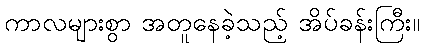
ကာလများစွာ အတူနေခဲ့သည့် အိပ်ခန်းကြီး။